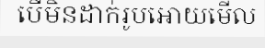
បើមិនដាក់រូបអោយមើល